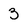
Character: 3